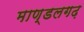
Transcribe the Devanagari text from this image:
माण्डलगढ़